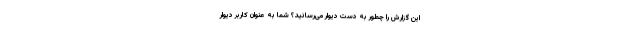
این گزارش را چطور به دست دیوار می‌رسانید؟ شما به عنوان کاربر دیوار